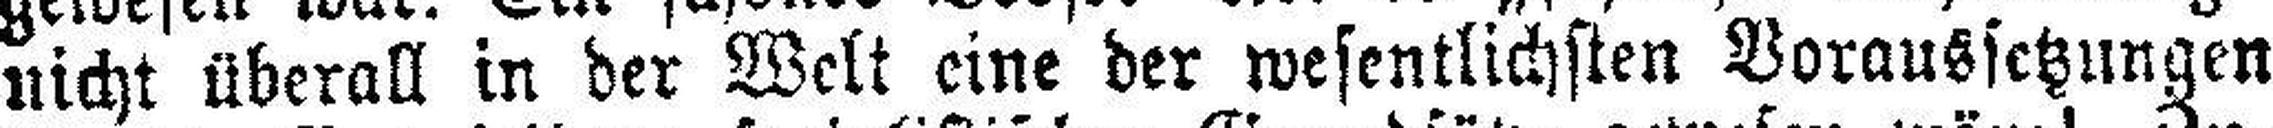
nicht überall in der Welt eine der wesentlichsten Voraussetzungen